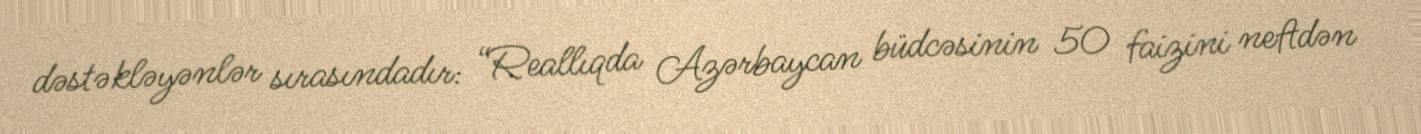
dəstəkləyənlər sırasındadır: “Reallıqda Azərbaycan büdcəsinin 50 faizini neftdən